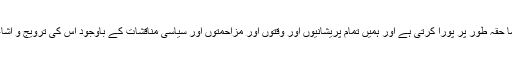
میرے خیال میں اردو اس ضرورت کو کما حقہ طور پر پورا کرتی ہے اور ہمیں تمام پریشانیوں اور وقتوں اور مزاحمتوں اور سیاسی مناقشات کے باوجود اس کی ترویج و اشاعت میں کوئی کسر نہ اٹھا رکھنی چاہئے۔